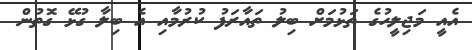
އެއީ މަޖިލީހުގެ ތަޅުމަށް ބިލު ތައާރަފު ކުރުމާއި އެ ބިލާ ގުޅޭ ގޮތުން